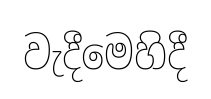
වැදීමෙහිදී